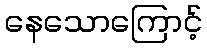
နေသောကြောင့်